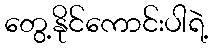
တွေ့နိုင်ကောင်းပါရဲ့